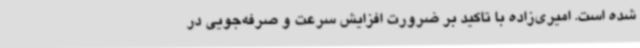
شده است. امیری‌زاده با تاکید بر ضرورت افزایش سرعت و صرفه‌جویی در